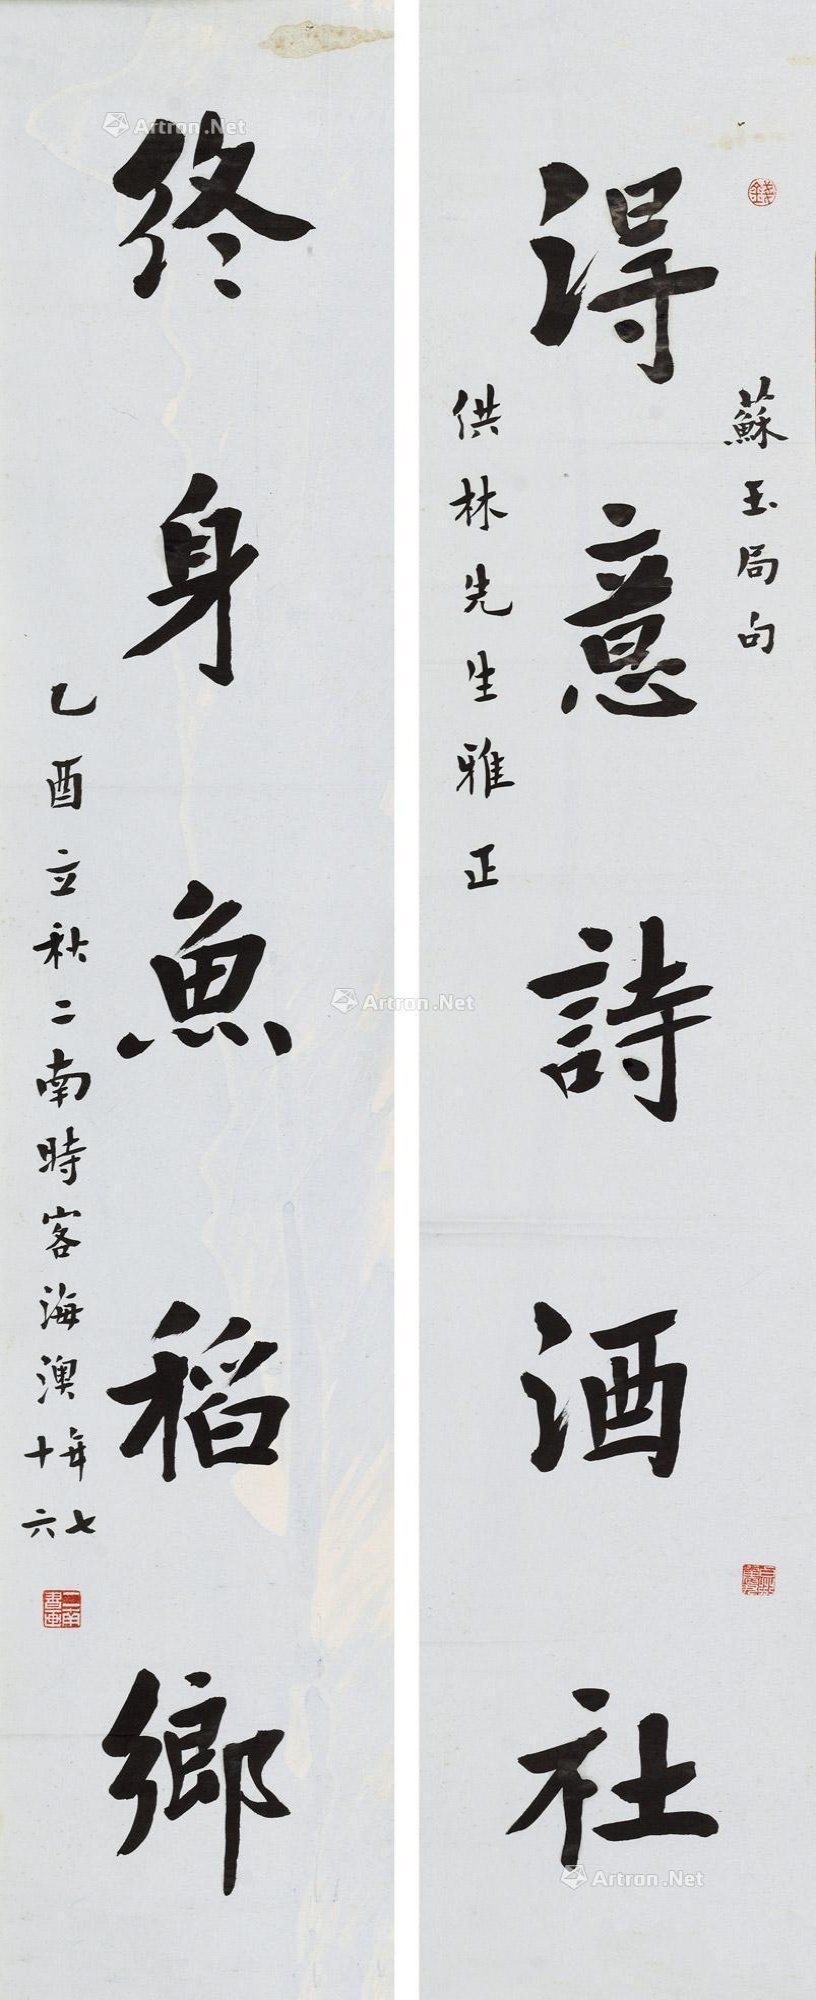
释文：得意诗酒社，终身鱼稻乡。苏玉局句。供林先生雅正，乙酉立秋二南时客海澳，年七十六。